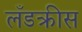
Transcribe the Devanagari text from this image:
लँडक्रीस